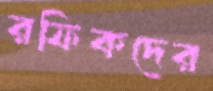
রফিকদের